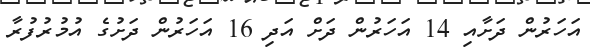
އަހަރުން ދަށާއި 14 އަހަރުން ދަށް އަދި 16 އަހަރުން ދަށުގެ އުމުރުފުރާ